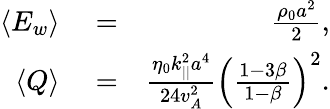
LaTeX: \begin{array}{rlr}{\left<E_{w}\right>}&{{}=}&{\frac{\rho_{0}a^{2}}{2},}\\ {\left<Q\right>}&{{}=}&{\frac{\eta_{0}k_{||}^{2}a^{4}}{24v_{A}^{2}}\left(\frac{1-3\beta}{1-\beta}\right)^{2}.}\end{array}